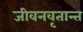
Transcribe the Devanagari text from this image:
जीवनवृतान्त